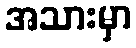
အသားမှာ